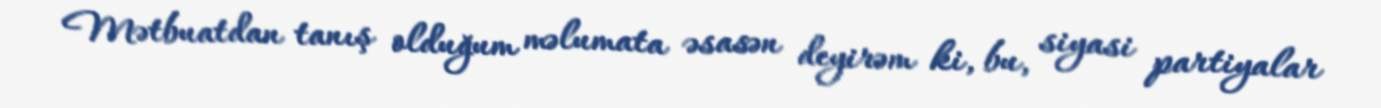
Mətbuatdan tanış olduğum məlumata əsasən deyirəm ki, bu, siyasi partiyalar